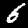
Digit: 6